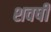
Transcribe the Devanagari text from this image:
शवषी